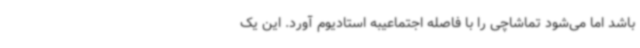
باشد اما می‌شود تماشاچی را با فاصله اجتماعیبه استادیوم آورد. این یک